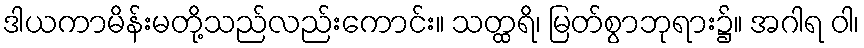
ဒါယကာမိန်းမတို့သည်လည်းကောင်း။ သတ္ထရိ၊ မြတ်စွာဘုရား၌။ အဂါရ ဝါ၊